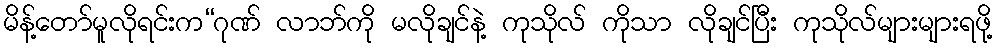
မိန့်တော်မူလိုရင်းက“ဂုဏ် လာဘ်ကို မလိုချင်နဲ့ ကုသိုလ် ကိုသာ လိုချင်ပြီး ကုသိုလ်များများရဖို့